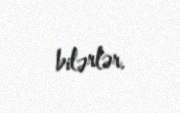
bilərlər.